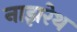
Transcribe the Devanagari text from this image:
नाझरेथ